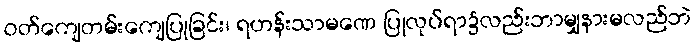
ဝတ်ကျေတမ်းကျေပြုခြင်း၊ ရဟန်းသာမဏေ ပြုလုပ်ရာ၌လည်းဘာမျှနားမလည်ဘဲ